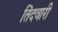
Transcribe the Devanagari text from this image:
तिंदवारी